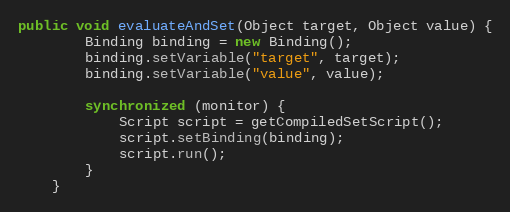
Language: Java
public void evaluateAndSet(Object target, Object value) {
        Binding binding = new Binding();
        binding.setVariable("target", target);
        binding.setVariable("value", value);

        synchronized (monitor) {
            Script script = getCompiledSetScript();
            script.setBinding(binding);
            script.run();
        }
    }